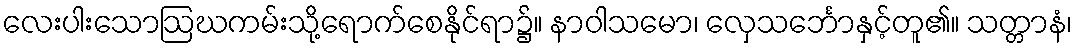
လေးပါးသောဩဃကမ်းသို့ရောက်စေနိုင်ရာ၌။ နာဝါသမော၊ လှေသင်္ဘောနှင့်တူ၏။ သတ္တာနံ၊